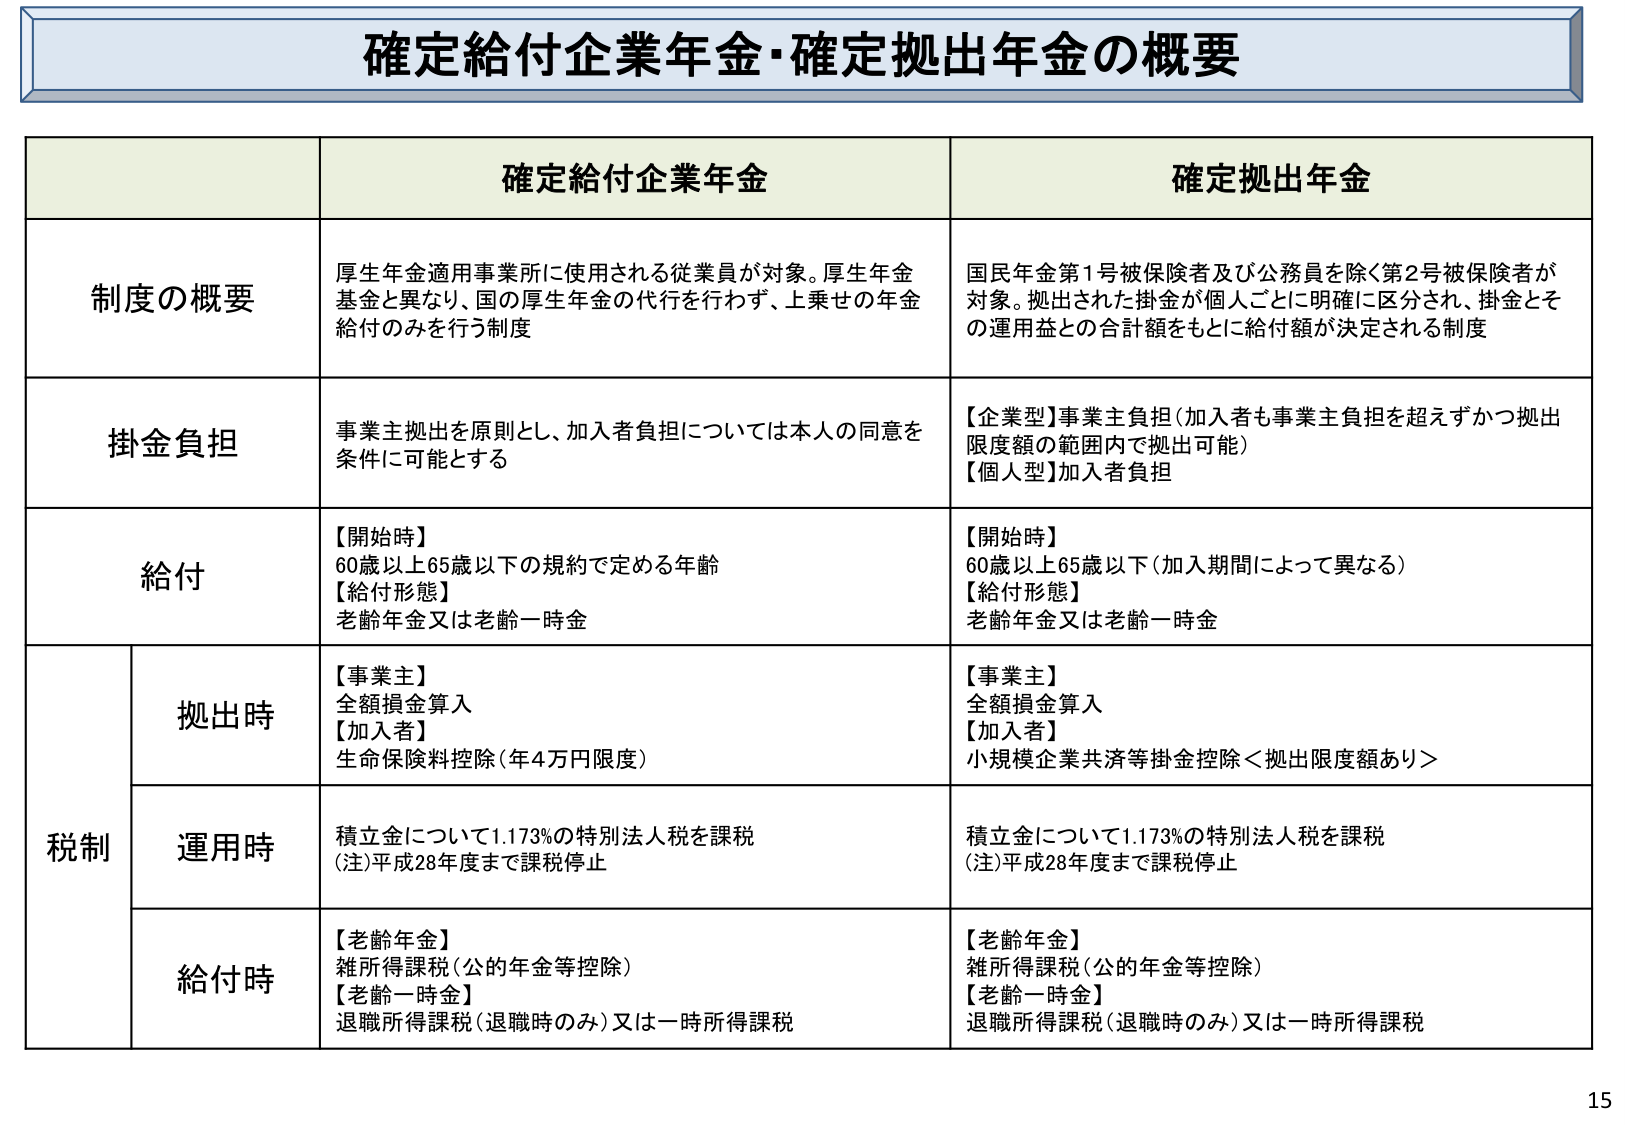
確定給付企業年金・確定拠出年金の概要

確定給付企業年金 確定拠出年金

制度の概要
厚生年金適用事業所に使用される従業員が対象。厚生年金基金と異なり、国の厚生年金の代行を行わず、上乗せの年金給付のみを行う制度
国民年金第1号被保険者及び公務員を除く第2号被保険者が対象。拠出された掛金が個人ごとに明確に区分され、掛金とその運用益との合計額をもとに給付額が決定される制度

掛金負担
事業主拠出を原則とし、加入者負担については本人の同意を条件に可能とする
【企業型】事業主負担（加入者も事業主負担を超えずかつ拠出限度額の範囲内で拠出可能）
【個人型】加入者負担

給付
【開始時】
60歳以上65歳以下の規約で定める年齢
【給付形態】
老齢年金又は老齢一時金
【開始時】
60歳以上65歳以下（加入期間によって異なる）
【給付形態】
老齢年金又は老齢一時金

税制
拠出時
【事業主】
全額損金算入
【加入者】
生命保険料控除（年4万円限度）
【事業主】
全額損金算入
【加入者】
小規模企業共済等掛金控除＜拠出限度額あり＞

運用時
積立金について1.173%の特別法人税を課税
（注）平成28年度まで課税停止
積立金について1.173%の特別法人税を課税
（注）平成28年度まで課税停止

給付時
【老齢年金】
雑所得課税（公的年金等控除）
【老齢一時金】
退職所得課税（退職時のみ）又は一時所得課税
【老齢年金】
雑所得課税（公的年金等控除）
【老齢一時金】
退職所得課税（退職時のみ）又は一時所得課税

15